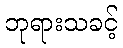
ဘုရားသခင့်